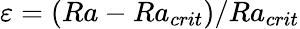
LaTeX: \varepsilon=(Ra-Ra_{crit})/Ra_{crit}